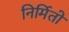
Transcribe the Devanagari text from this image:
निर्मितो